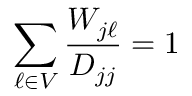
\sum _ { \ell \in V } \frac { W _ { j \ell } } { D _ { j j } } = 1